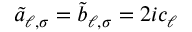
\tilde { a } _ { \ell , \sigma } = \tilde { b } _ { \ell , \sigma } = 2 i c _ { \ell }